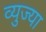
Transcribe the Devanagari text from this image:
व्युज्या